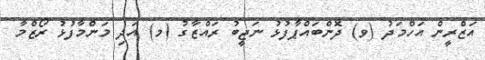
އަޒްރީން އަހްމަދު (ވ) ދޮންބައްޕާފުޅު ނަޖީބު ރައްޒާގު (މ) އަދި މަންމާފުޅު ރޯޒްމާ